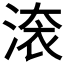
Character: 𣸳